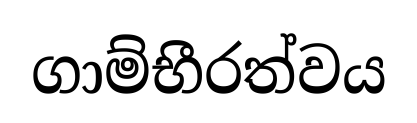
ගාම්භීරත්වය